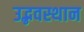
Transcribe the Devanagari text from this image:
उद्भवस्थान